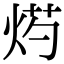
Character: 烵